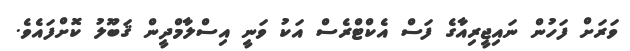
ވަރަށް ފަހުން ނައިޖީރިއާގެ ފަސް އެކްޓްރެސް އަކު ވަނީ އިސްލާމްދީން ޤަބޫލު ކޮށްފައެވެ.